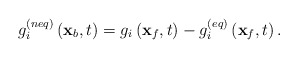
\begin{align*}g_i^{\left( {neq} \right)}\left( {{{\bf{x}}_b},t} \right) = {g_i}\left( {{{\bf{x}}_f},t} \right) - g_i^{\left( {eq} \right)}\left( {{{\bf{x}}_f},t} \right).\end{align*}